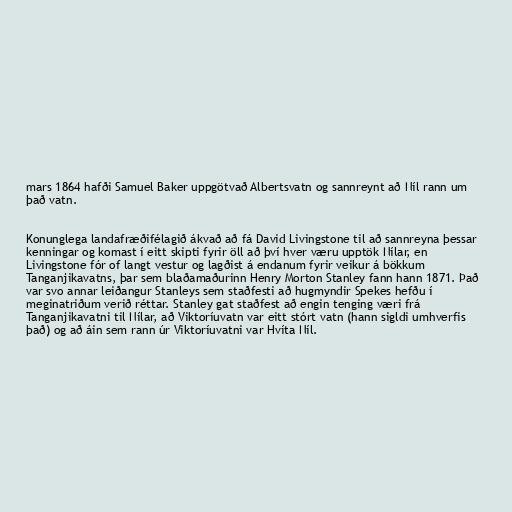
mars 1864 hafði Samuel Baker uppgötvað Albertsvatn og sannreynt að Níl rann um
það vatn.

Konunglega landafræðifélagið ákvað að fá David Livingstone til að sannreyna þessar
kenningar og komast í eitt skipti fyrir öll að því hver væru upptök Nílar, en
Livingstone fór of langt vestur og lagðist á endanum fyrir veikur á bökkum
Tanganjikavatns, þar sem blaðamaðurinn Henry Morton Stanley fann hann 1871. Það
var svo annar leiðangur Stanleys sem staðfesti að hugmyndir Spekes hefðu í
meginatriðum verið réttar. Stanley gat staðfest að engin tenging væri frá
Tanganjikavatni til Nílar, að Viktoríuvatn var eitt stórt vatn (hann sigldi umhverfis
það) og að áin sem rann úr Viktoríuvatni var Hvíta Níl.